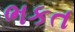
ભકત